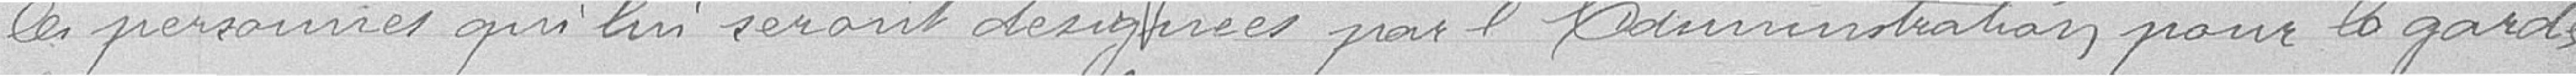
les personnes qui lui seront désignées par l'administration pour la garde,